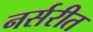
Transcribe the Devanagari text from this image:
नर्सरीत